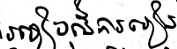
របៀបនៃការរៀន